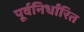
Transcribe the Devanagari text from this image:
पूर्वनिर्धांरित